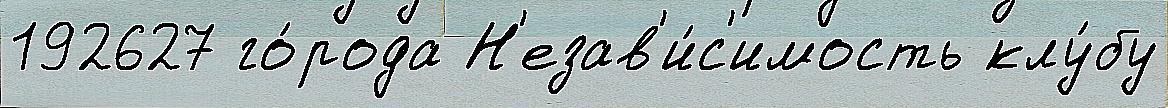
192627 го́рода Н'езав'и́с'имость клу́бу